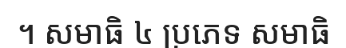
។ សមាធិ ៤ ប្រភេទ សមាធិ